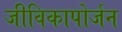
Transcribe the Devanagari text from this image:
जीविकापोर्जन